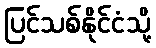
ပြင်သစ်နိုင်ငံသို့